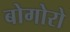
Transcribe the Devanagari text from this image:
बोगोरो